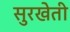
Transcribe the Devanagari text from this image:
सुरखेती